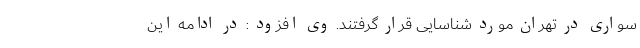
سواری در تهران مورد شناسایی قرار گرفتند. وی افزود : در ادامه این